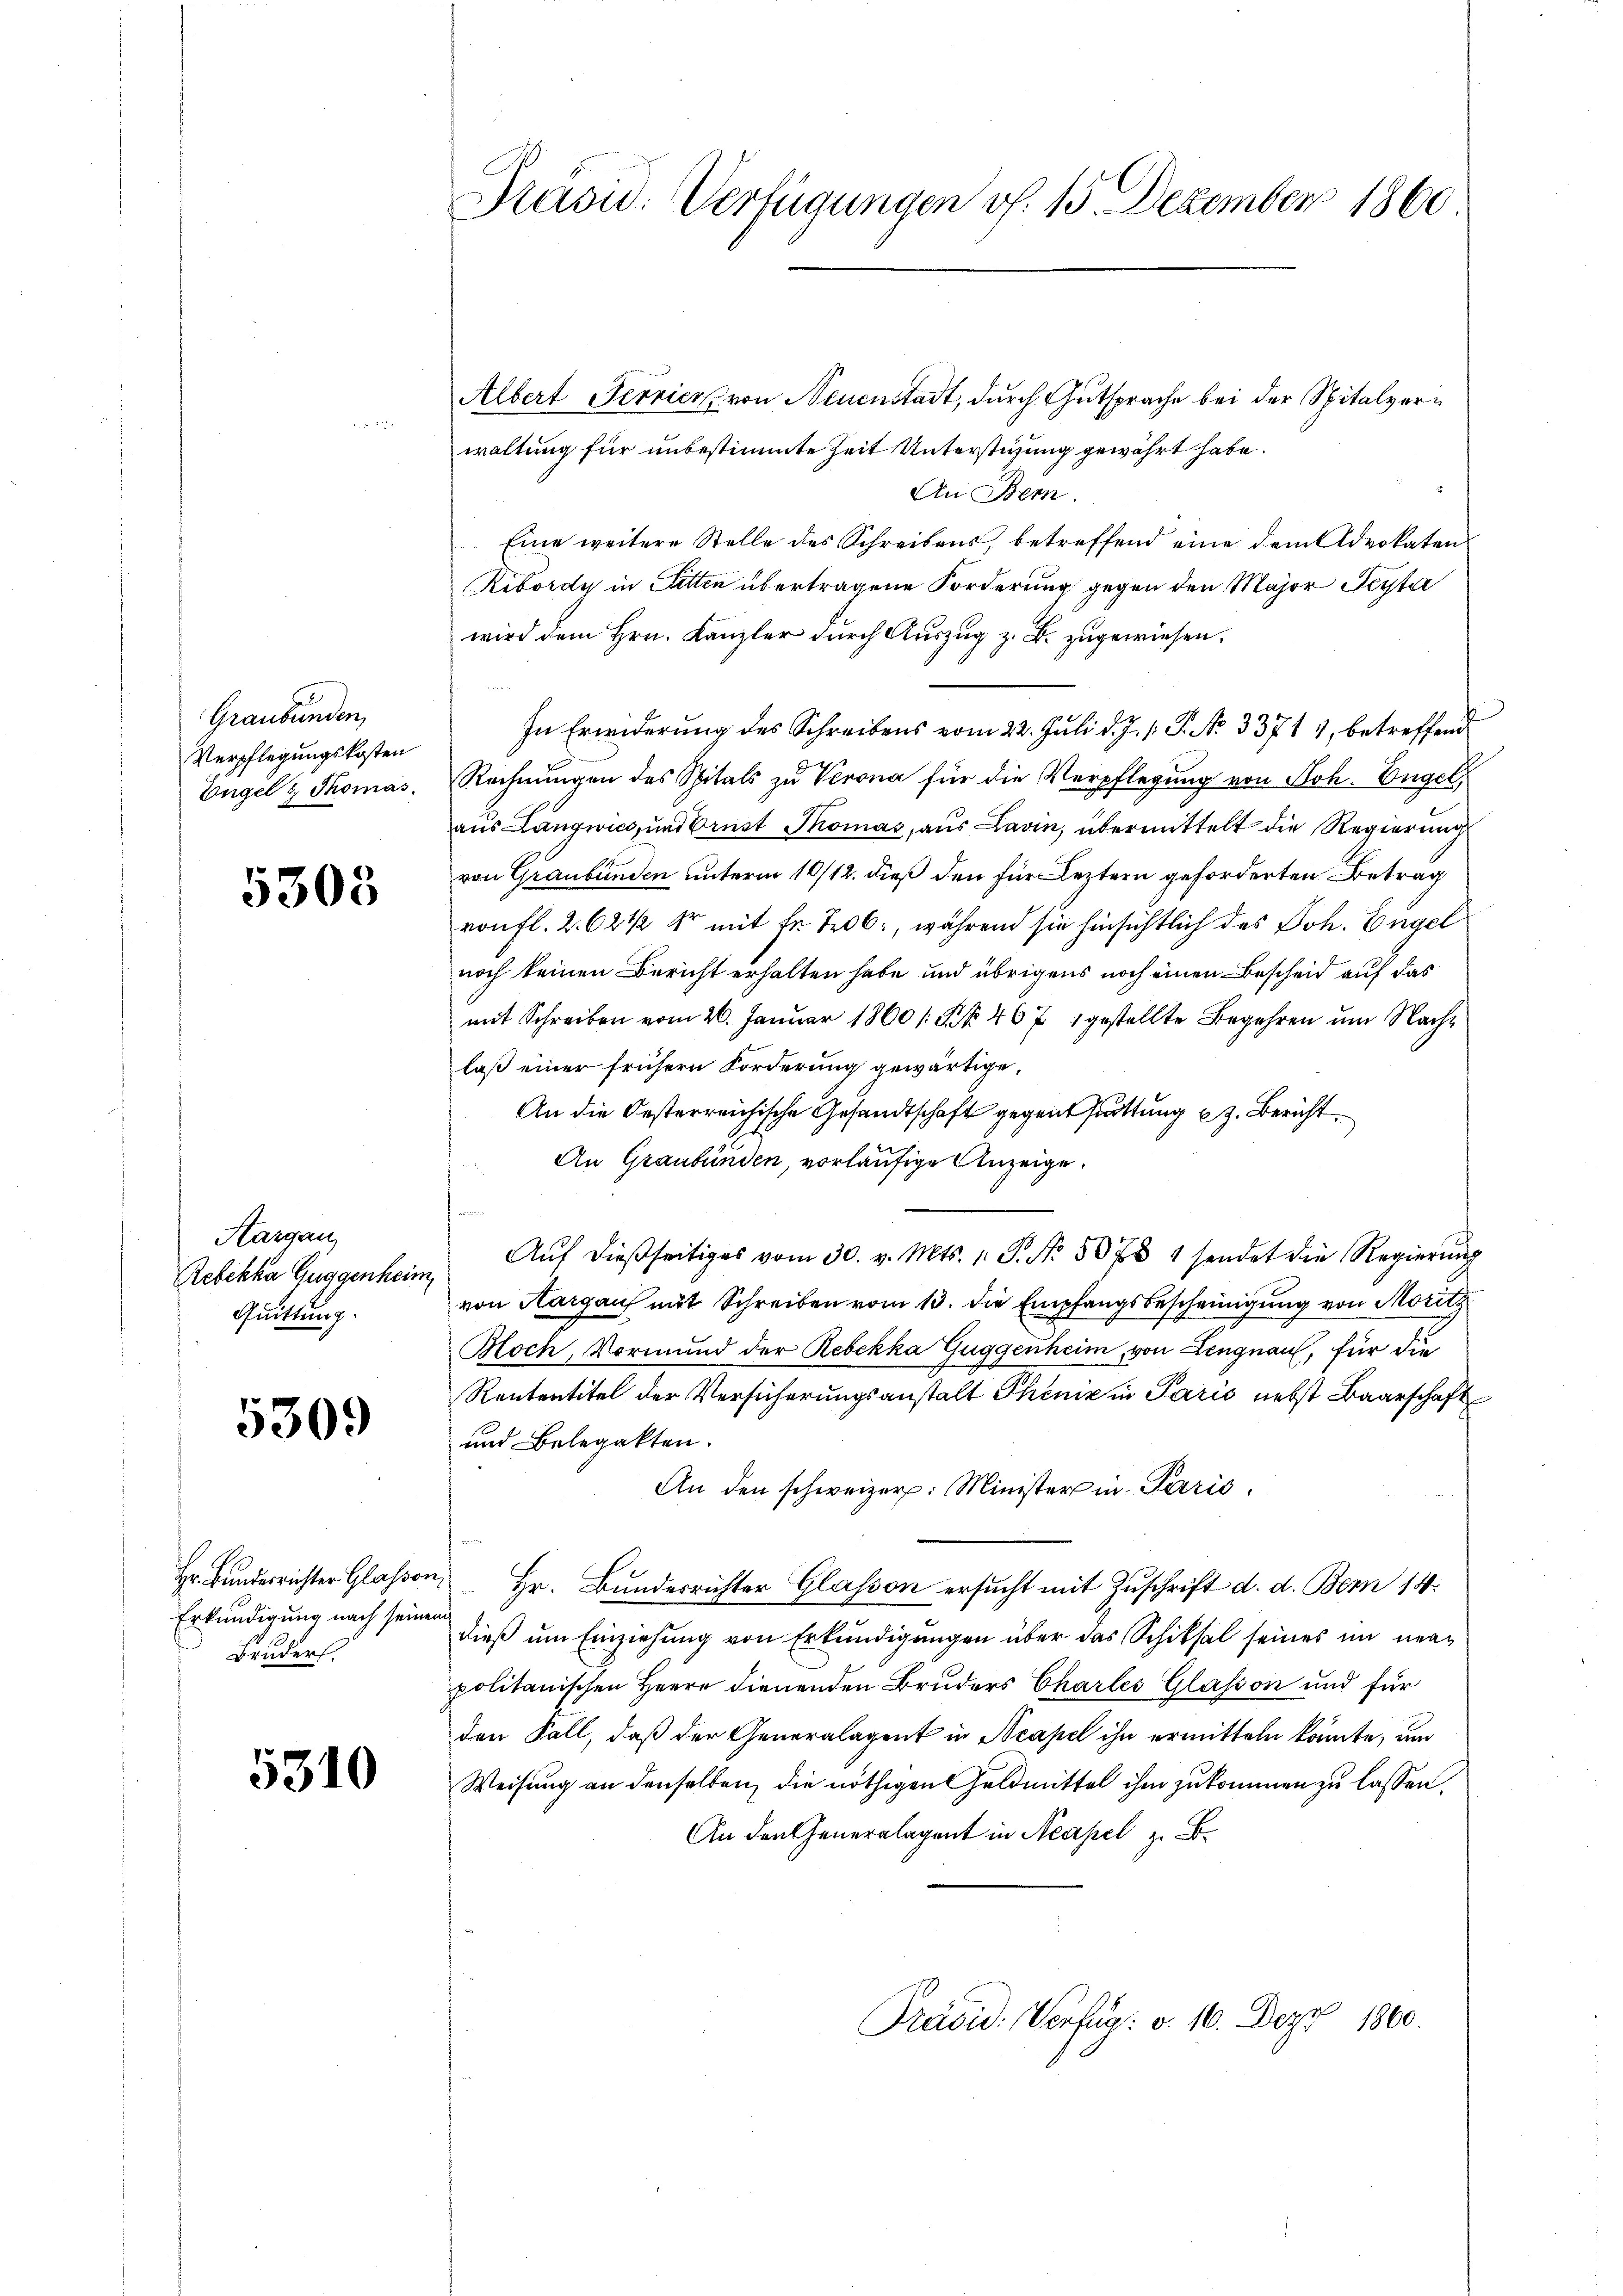
Graubünden,
Verpflegungskosten
Engel & Thomas

5303

Aargau,
Rebekka Guggenhein
Quittung.

5309

Hr. Bunderrichter Glassen,
Erkundigung nach seiner
c
Bruders.

5310

Präsid. Verfügungen v. 15. Dezember 1860

Albert Terrier von Neuenstadt, durch Gutsprache bei der Spitalverwaltung für unbestimmte Zeit Unterstüzung gewährt habe.
An Bern.
Eine weitere Stelle des Schreibens, betreffend eine dem Advokaten
Ribordy in Sitten übertragene Forderung gegen den Major Feyta
wird dem Hrn. Kanzler durch Auszug z. B. zugewiesen.
In Erwiderung des Schreibens vom 22. Juli d. J. /: P. N. 33714, betreffend
Rechnungen des Spitals zu Verona für die Verpflegung von Soh. Engel,
aus Langwies, und Brust Thomas, aus Lavin, übermittelt die Regierung
von Graubünden unterm 10/12. dieß den für Leztern geforderten Betrag
von fl. 2. 62 1/2 Xr mit Fr. 706, während sie hinsichtlich des Joh. Engel
noch keinen Bericht erhalten habe und übrigens noch einen Bescheid auf das
mit Schreiben vom 26. Januar 1860 /: Fr. 467 gestellte Begehren um Nachlaß einer frühern Forderung gewärtige.
An die Oesterreichische Gesandtschaft gegentstattung z. Bericht
An Graubünden, vorläufige Anzeige.
Aŭf dießseitiges vom 30. v. Mts. 1. P. Nr. 507 1 sendet die Regierŭng
von Aargau mit Schreiben vom 13. die Empfangsbescheinigung von Moritz
Koch, Vormund der Rebekka Guggenheim, von Lengnau, für die
Rententitel der Versicherungsanstalt Phöniz in Paris nebst Baarschaft
und Belegatten.
An den schweizer: Minister in Paris,
Hr. Bundesrichter Glasson ersucht mit Zuschrift d. d. Bern 14.
dieß um Einziehung von Erkundigungen über das Schiksal seines im neupolitanischen Herre dienenden Bruders Chartes Glasson und für
den Fall, daß der Generalagent in Neapel ihn ermitteln könnte, um
Weisung an denselben, die nöthigen Geldmittel ihm zukommen zu lassen.
An den Generalagent in Neapel z. B.
Präsid. Verfug: v. 16. Dez. 1800.